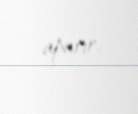
aparır.